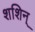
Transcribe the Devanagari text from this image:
शशिन्‌